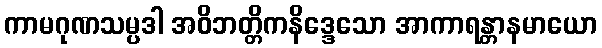
ကာမဂုဏသမ္ပဒါ အဝိဘတ္တိကနိဒ္ဒေသော အာကာရန္တာနမာယော